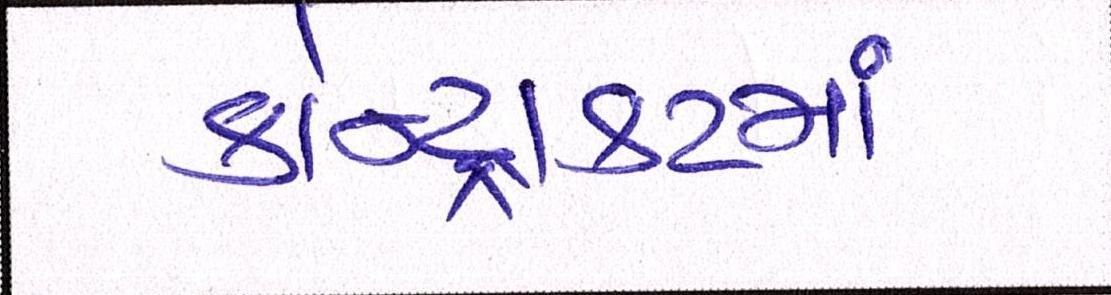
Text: કોન્ટ્રાકટમાં